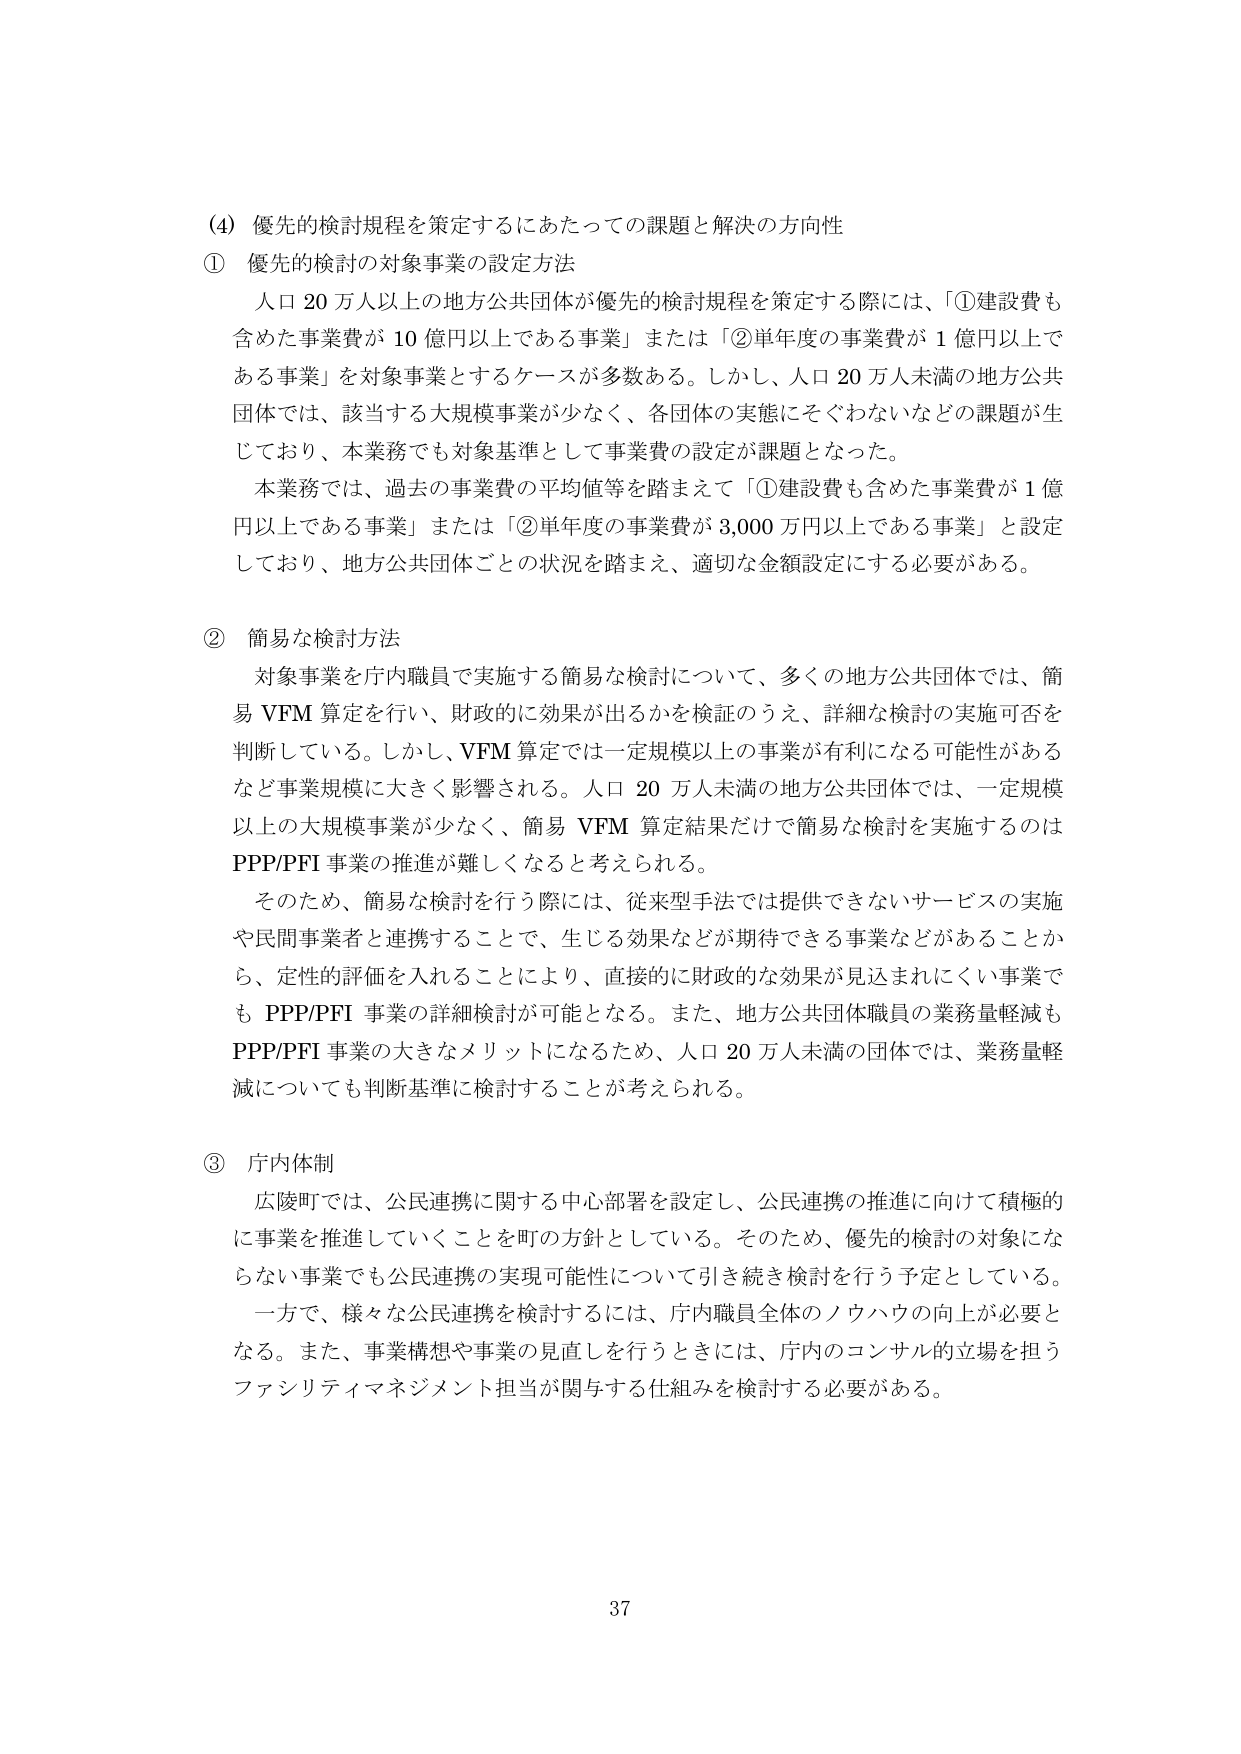
(4) 優先的検討規程を策定するにあたっての課題と解決の方向性

① 優先的検討の対象事業の設定方法

人口20万人以上的地方公共団体が優先的検討規程を策定する際には、「①建設費も含めた事業費が10億円以上である事業」または「②単年度の事業費が1億円以上である事業」を対象事業とするケースが多数ある。しかし、人口20万人未満の地方公共団体では、該当する大規模事業が少なく、各団体の実態にそぐわないなどの課題が生じており、本業務でも対象基準として事業費の設定が課題となった。

本業務では、過去の事業費の平均値等を踏まえて「①建設費も含めた事業費が1億円以上である事業」または「②単年度の事業費が3,000万円以上である事業」と設定しており、地方公共団体ごとの状況を踏まえ、適切な金額設定にする必要がある。

② 簡易な検討方法

対象事業を庁内職員で実施する簡易な検討について、多くの地方公共団体では、簡易VFM算定を行い、財政的に効果が出るかを検証のうえ、詳細な検討の実施可否を判断している。しかし、VFM算定では一定規模以上の事業が有利になる可能性があるなど事業規模に大きく影響される。人口20万人未満の地方公共団体では、一定規模以上の大規模事業が少なく、簡易VFM算定結果だけで簡易な検討を実施するのはPPP/PFI事業の推進が難しくなると考えられる。

そのため、簡易な検討を行う際には、従来型手法では提供できないサービスの実施や民間事業者と連携することで、生じる効果などが期待できる事業などがあることから、定性的評価を入れることにより、直接的に財政的な効果が見込まれにくい事業でもPPP/PFI事業の詳細検討が可能となる。また、地方公共団体職員の業務量軽減もPPP/PFI事業の大きなメリットになるため、人口20万人未満の団体では、業務量軽減についても判断基準に検討することが考えられる。

③ 庁内体制

広陵町では、公民連携に関する中心部署を設定し、公民連携の推進に向けて積極的に事業を推進していくことを町の方針としている。そのため、優先的検討の対象にならない事業でも公民連携の実現可能性について引き続き検討を行う予定としている。

一方で、様々な公民連携を検討するには、庁内職員全体のノウハウの向上が必要となる。また、事業構想や事業の見直しを行うときには、庁内のコンサル的立場を担うファシリティマネジメント担当が関与する仕組みを検討する必要がある。

37